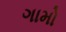
ગામો